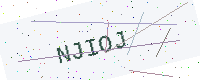
Text: NJIOJ